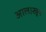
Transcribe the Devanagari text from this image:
आल।खूप